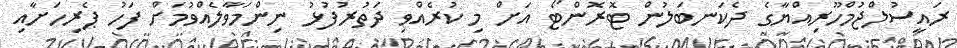
ރައީސުލްޖުމްހޫރިއްޔާގެ ދެކަނބަލުން ޓޮރޮންޓޯ އަށް މި ކުރެއްވި ދަތުރުފުޅު ނިންމަވާލެއްވުމަށް ފަހު ޕެރިހަށާއި